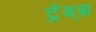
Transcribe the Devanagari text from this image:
ट्रेंड्‌झ